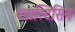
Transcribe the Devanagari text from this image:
प्लास्टिसिन